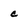
Character: c